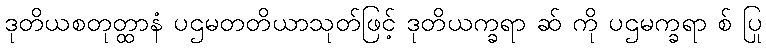
ဒုတိယစတုတ္ထာနံ ပဌမတတိယာသုတ်ဖြင့် ဒုတိယက္ခရာ ဆ် ကို ပဌမက္ခရာ စ် ပြု